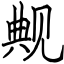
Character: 觍